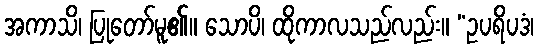
အကာသိ၊ ပြုတော်မူ၏။ သောပိ၊ ထိုကာလသည်လည်း။ “ဥပရိပဒံ၊